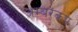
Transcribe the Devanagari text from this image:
अम्बरकप